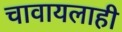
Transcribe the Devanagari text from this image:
चावायलाही